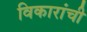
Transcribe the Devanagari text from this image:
विकारांची